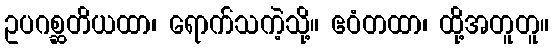
ဥပဂစ္ဆတိယထာ၊ ရောက်သကဲ့သို့။ ဧဝံတထာ၊ ထို့အတူတူ။